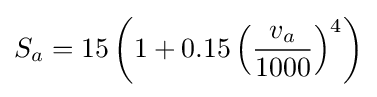
S_{a}=15\left({1+0.15\left({\frac {v_{a}}{1000}}\right)^{4}}\right)